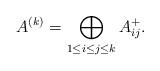
LaTeX: \begin{align*}A^{(k)}=\bigoplus_{1\leq i\leq j\leq k}A_{ij}^+.\end{align*}